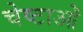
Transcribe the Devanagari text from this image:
चेष्‍टाओं